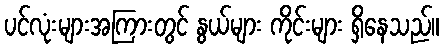
ပင်လုံးများအကြားတွင် နွယ်များ ကိုင်းများ ရှိနေသည်။